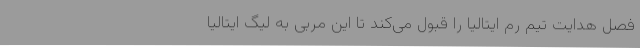
فصل هدایت تیم رم ایتالیا را قبول می‌کند تا این مربی به لیگ ایتالیا